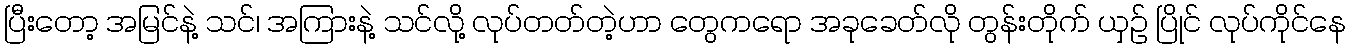
ပြီးတော့ အမြင်နဲ့ သင်၊ အကြားနဲ့ သင်လို့ လုပ်တတ်တဲ့ဟာ တွေကရော အခုခေတ်လို တွန်းတိုက် ယှဉ် ပြိုင် လုပ်ကိုင်နေ